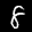
Label: 8